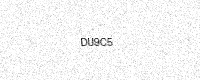
Text: DU9C5